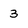
Character: 3